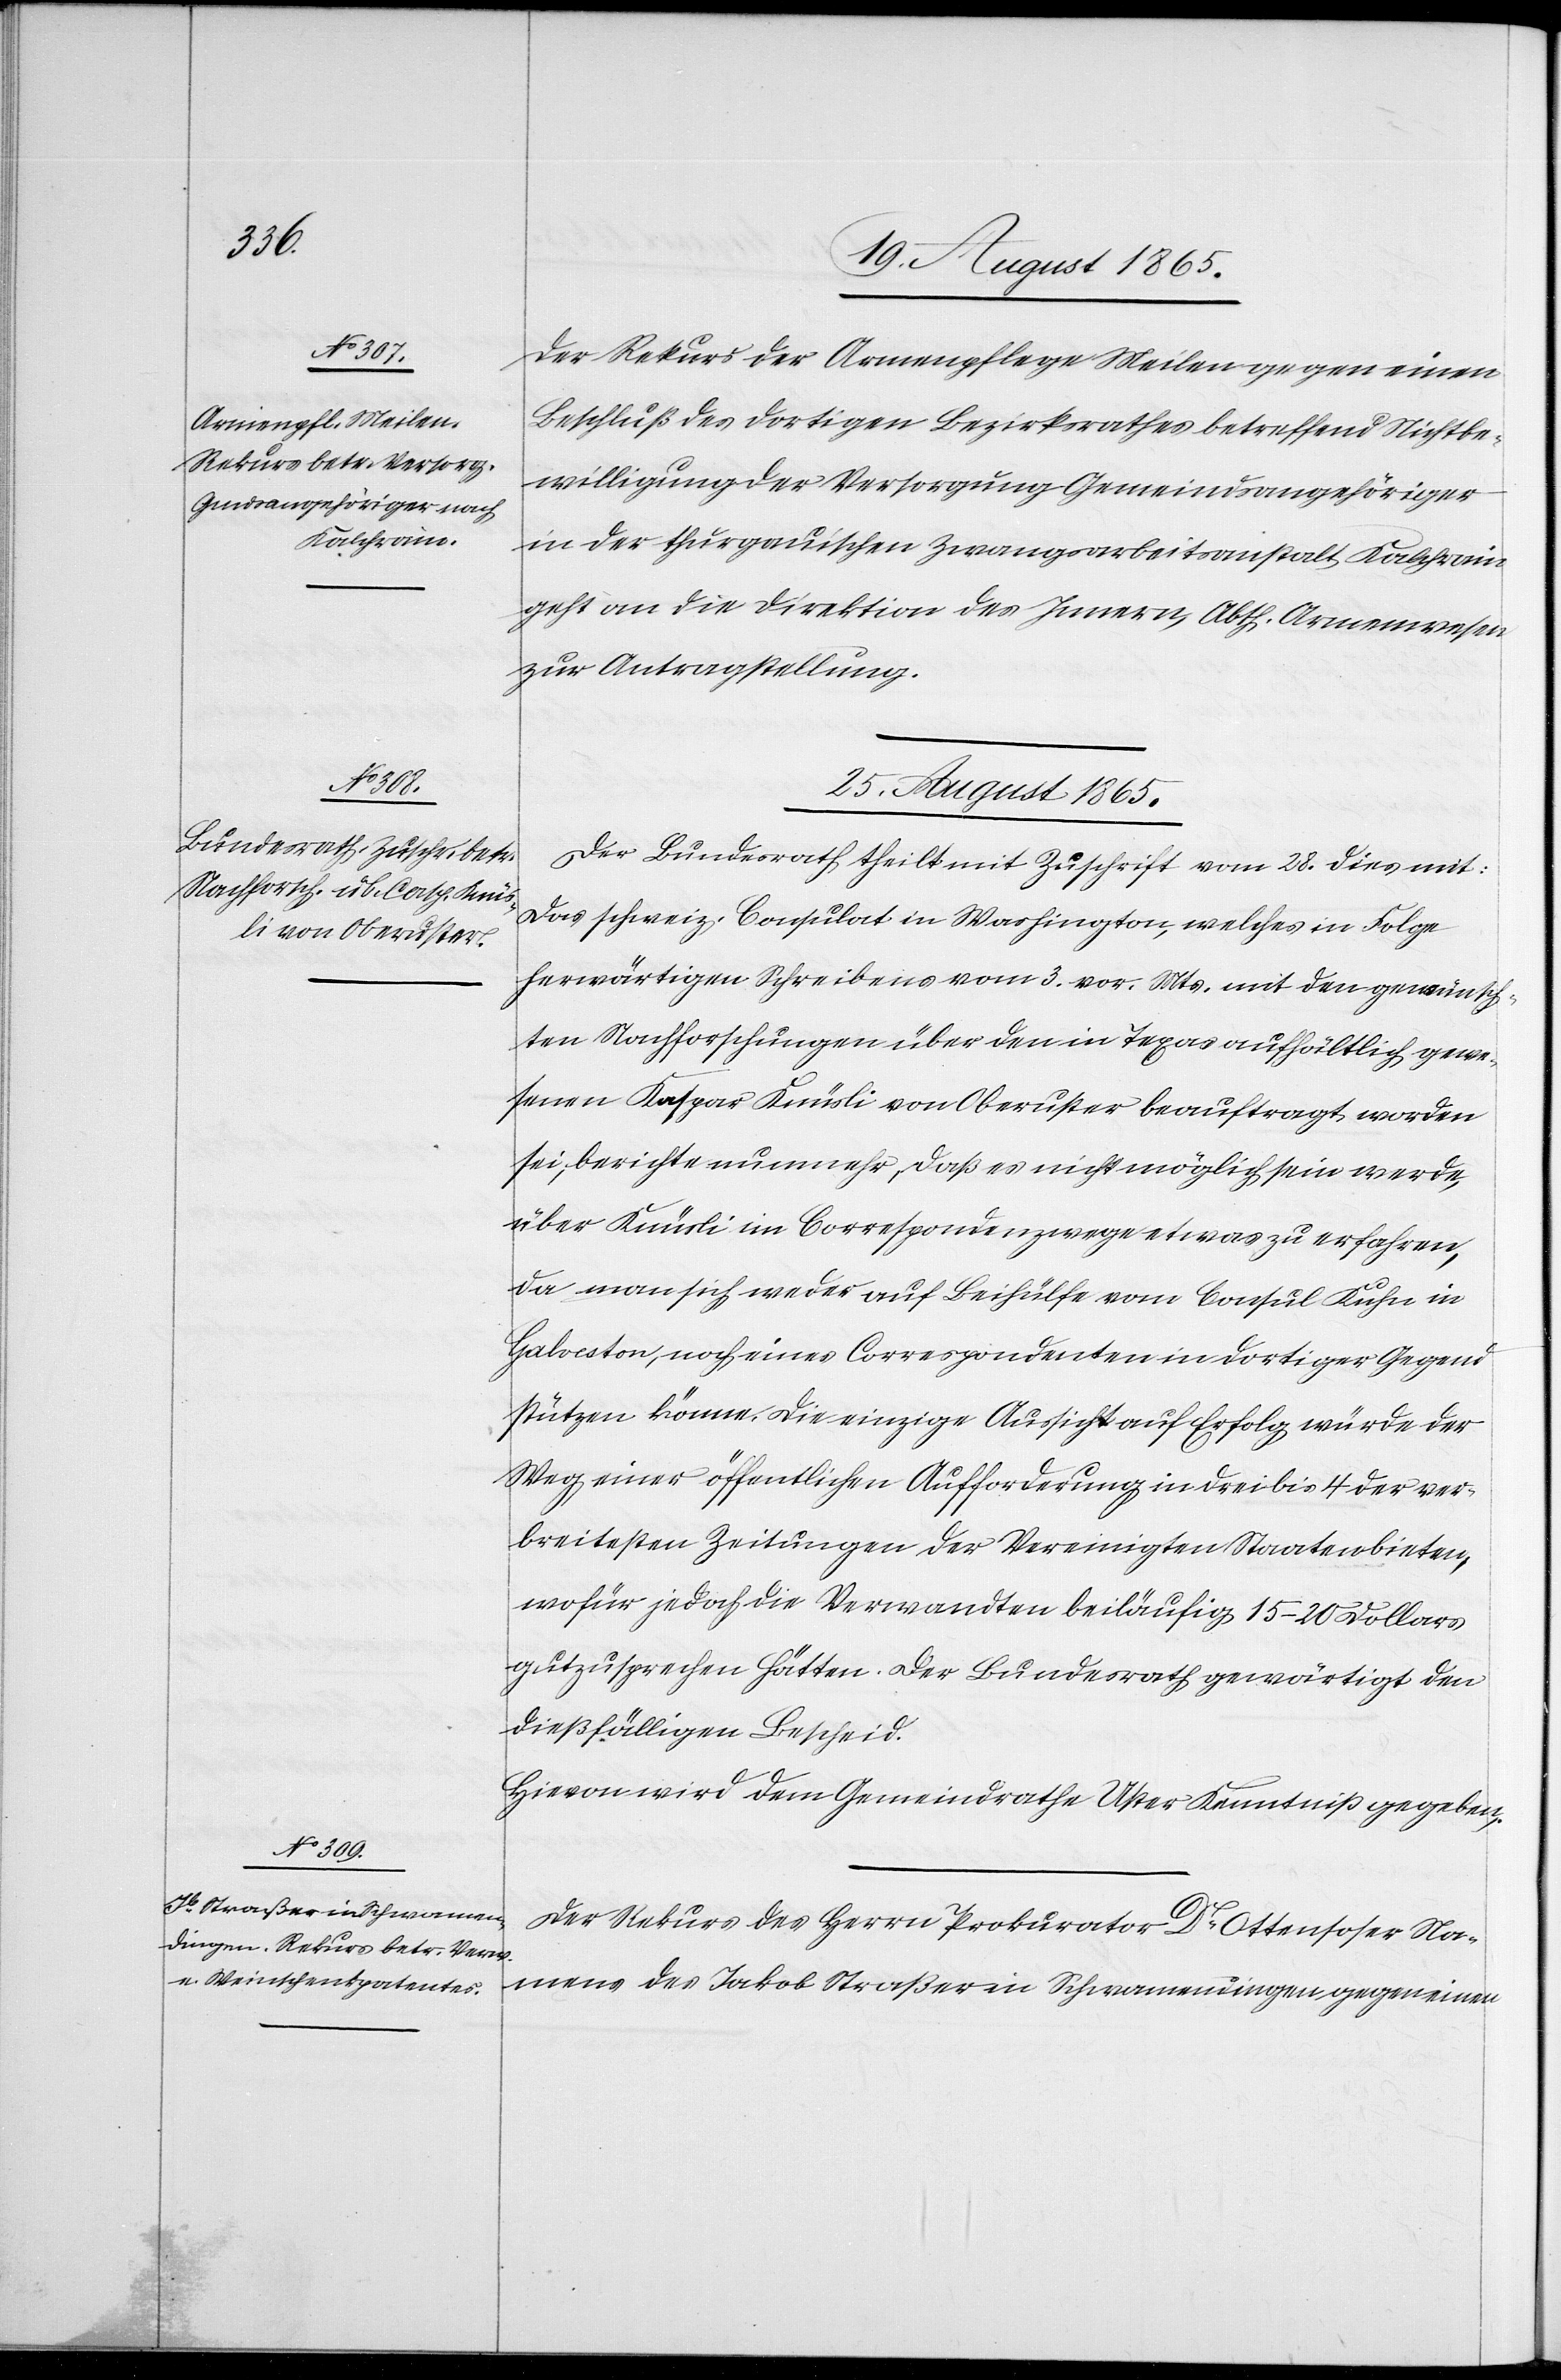
Der Rekurs der Armenpflege Meilen gegen einen
Beschluß des dortigen Bezirksrathes betreffend Nichtbe¬
willigung der Versorgung Gemeindsangehöriger
in der thurgauischen Zwangsarbeitsanstalt Kalchrain
geht an die Direktion des Innern, Abth. Armenwesen
zur Antragstellung.
25. August 1865.]
Der Bundesrath theilt mit Zuschrift vom 28. dies mit:
Das schweiz. Consulat in Washington, welches in Folge
herwärtigen Schreibens vom 3. vor. Mts. mit den gewünsch¬
ten Nachforschungen über den in Texas aufhältlich gewe¬
senen Kaspar Knüsli von Oberuster beauftragt worden
sei, berichte nunmehr, daß es nicht möglich sein werde,
über Knüsli im Correspondenzwege etwas zu erfahren,
da man sich weder auf Beihülfe vom Consul Kuhn in
Galveston, noch eines Correspondenten in dortiger Gegend
stützen könne. Die einzige Aussicht auf Erfolg würde der
Weg einer öffentlichen Aufforderung in drei bis 4 der ver¬
breitesten Zeitungen der Vereinigten Staaten bieten,
wofür jedoch die Verwandten beiläufig 15–20 Dollars
gutzusprechen hätten. Der Bundesrath gewärtigt den
dießfälligen Bescheid.
Hievon wird dem Gemeindrathe Uster Kenntniß gegeben.
Der Rekurs des Herrn Prokurator Dr Ottensoser Na¬
mens des Jakob Straßer in Schwamendingen gegen einen